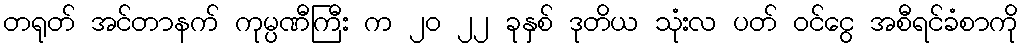
တရုတ် အင်တာနက် ကုမ္ပဏီကြီး က ၂၀ ၂၂ ခုနှစ် ဒုတိယ သုံးလ ပတ် ဝင်ငွေ အစီရင်ခံစာကို